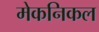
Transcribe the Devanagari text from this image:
मेकनिकल